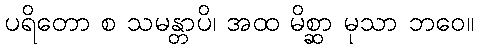
ပရိတော စ သမန္တာပိ၊ အထ မိစ္ဆာ မုသာ ဘဝေ။